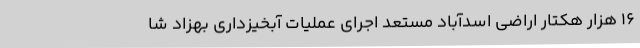
16 هزار هکتار اراضی اسدآباد مستعد اجرای عملیات آبخیزداری بهزاد شا